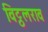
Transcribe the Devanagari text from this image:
विट्ठलराव